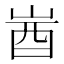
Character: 𡷾